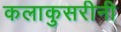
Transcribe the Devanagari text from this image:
कलाकुसरीनी